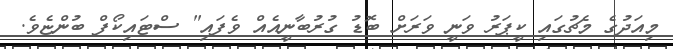
މިއަދުގެ މެޗުގައި ކީޕަރު ވަނީ ވަރަށް ބޮޑު ގުރުބާނީއެއް ވެފައި" ސްޓައިކޯފް ބުންޏެވެ.